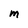
Character: m